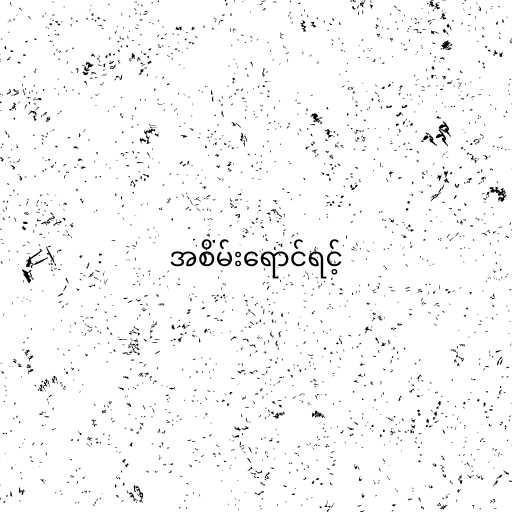
အစိမ်းရောင်ရင့်